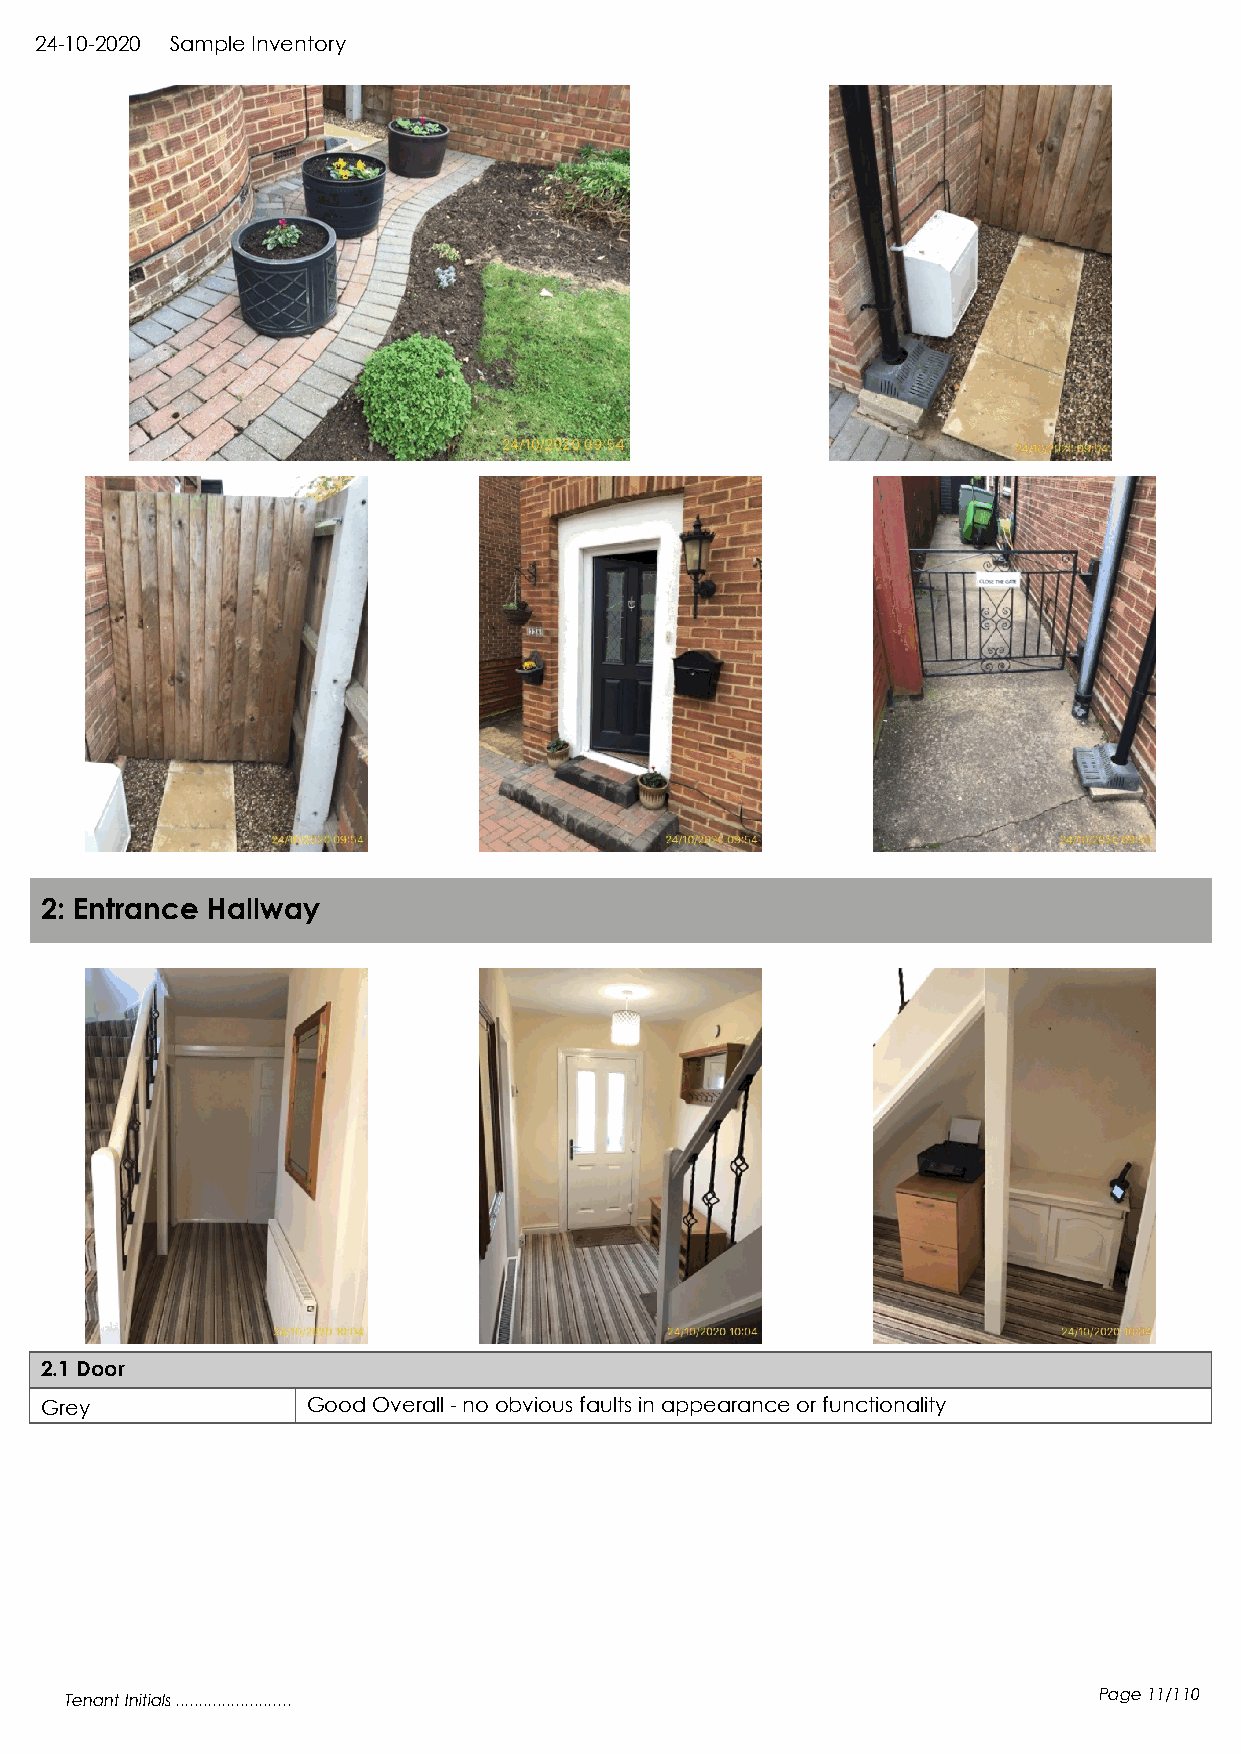
24-10-2020 Sample Inventory
 2: Entrance Hallway
 2.1 Door
 Grey             Good Overall - no obvious faults in appearance or functionality
 Tenant Initials .........................                            Page 11/110